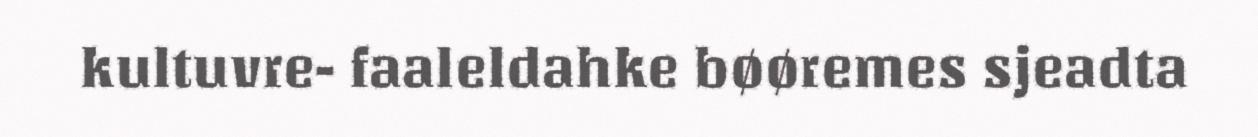
kultuvre- faaleldahke bøøremes sjeadta